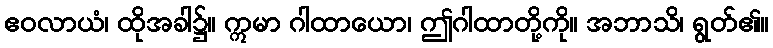
ဧဝလာယံ၊ ထိုအခါ၌။ ဣမာ ဂါထာယော၊ ဤဂါထာတို့ကို။ အဘာသိ၊ ရွတ်၏။